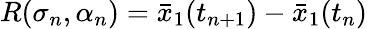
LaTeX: {R}(\sigma_{n},\alpha_{n})=\bar{x}_{1}(t_{n+1})-\bar{x}_{1}(t_{n})